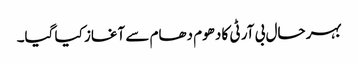
بہر حال بی آر ٹی کا دھوم دھام سے آغاز کیا گیا۔